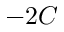
- 2 C